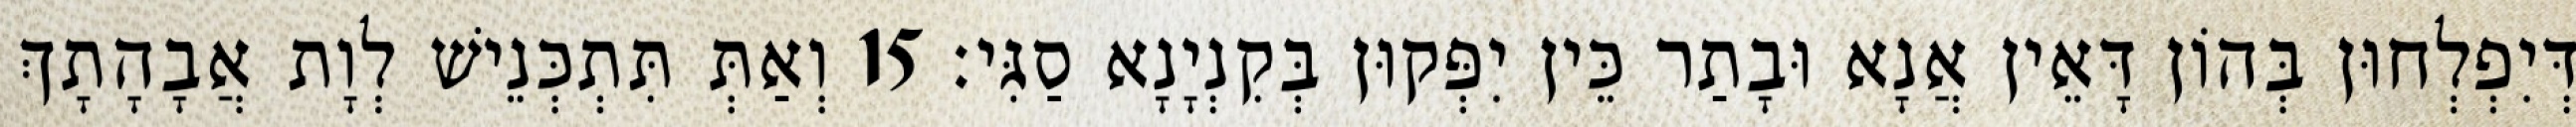
דְּיִפְלְחוּן בְּהוֹן דָּאֵין אֲנָא וּבָתַר כֵּין יִפְּקוּן בְּקִנְיָנָא סַגִּי׃ 15 וְאַתְּ תִּתְכְּנֵישׁ לְוָת אֲבָהָתָךְ